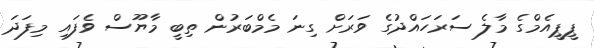
ޕީޕީއެމްގެ މާލެ ސަރަހައްދުގެ ވަރަށް ގިނަ މެމްބަރުން ތިބީ މާޔޫސް ވެފައި މިފަދަ